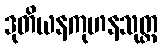
ဒုတိယနကုဟနသုတ္တ